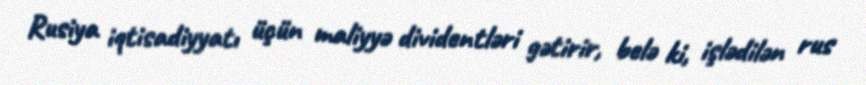
Rusiya iqtisadiyyatı üçün maliyyə dividentləri gətirir, belə ki, işlədilən rus